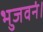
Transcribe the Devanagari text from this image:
भुजवनं।